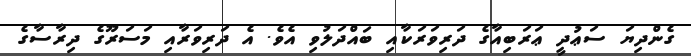
ގެންދިޔަ ސަޢުދީ ޢަރަބިއާގެ ދަރިވަރަކާއި ބައްދަލުވި އެވެ. އެ ދަރިވަރާއި މަސަރޫގެ ދިރާސާގެ